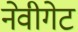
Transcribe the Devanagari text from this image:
नेवीगेट